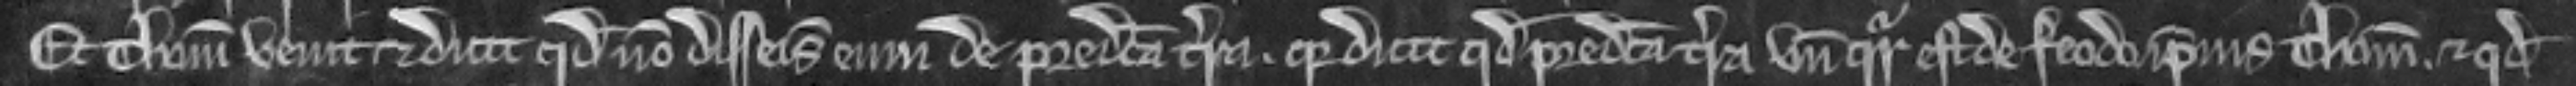
Et Thomas venit et dicit quod non disseisivit eum de predicta . quia dicit quod predicta terra unde queritur est de feodo ipsius Thome. et quod